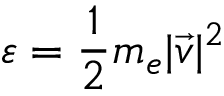
\varepsilon = \frac { 1 } { 2 } m _ { e } | \vec { v } | ^ { 2 }